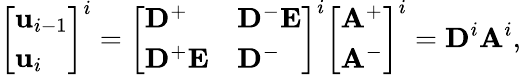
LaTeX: \left[\begin{array}{l}{\mathbf{u}_{i-1}}\\ {\mathbf{u}_{i}}\end{array}\right]^{i}=\left[\begin{array}{ll}{\mathbf{D}^{+}}&{\mathbf{D}^{-}\mathbf{E}}\\ {\mathbf{D}^{+}\mathbf{E}}&{\mathbf{D}^{-}}\end{array}\right]^{i}\left[\begin{array}{l}{\mathbf{A}^{+}}\\ {\mathbf{A}^{-}}\end{array}\right]^{i}=\mathbf{D}^{i}\mathbf{A}^{i},